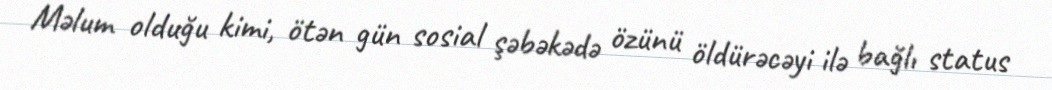
Məlum olduğu kimi, ötən gün sosial şəbəkədə özünü öldürəcəyi ilə bağlı status